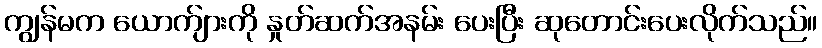
ကျွန်မက ယောက်ျားကို နှုတ်ဆက်အနမ်း ပေးပြီး ဆုတောင်းပေးလိုက်သည်။